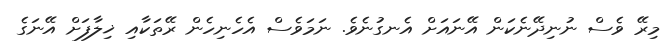
މިރޭ ވެސް ނުނިދޭނެކަން އޭނައަށް އެނގުނެވެ. ނަމަވެސް އެހެނިހެން ރޭތަކާއި ޚިލާފަށް އޭނަގެ